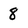
Character: 8